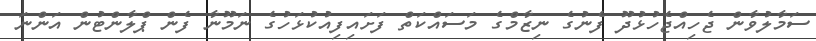
ސަމާލުވާން ޖެހިއްޖެހުޅުދޫ ފެނުގެ ނިޒާމްގެ މަސައްކަތް ފަށައިފިއުކުޅަހުގެ ނަމޫނާ ފެން ޕްލާންޓުން އަންނަ